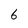
Character: 6